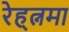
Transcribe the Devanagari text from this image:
रेह्त्नमा